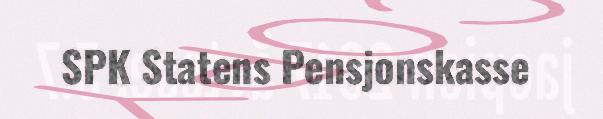
SPK Statens Pensjonskasse